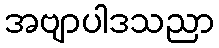
အဗျာပါဒသညာ